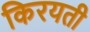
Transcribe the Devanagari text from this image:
किरयती